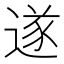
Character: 遂